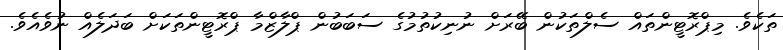
ތަކެވެ. މިޕްރޮޓީންތައް ސެލްތަކުން ބޭރަށް ނުނިކުތުމުގެ ސަބަބުން ޕްލާޒްމާ ޕްރޮޓީންތަކަށް ބަދަލެެެއް ނުވެއެވެ.